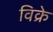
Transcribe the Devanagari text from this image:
विक्रे